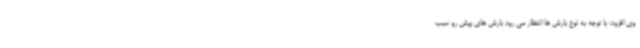
وی افزود: با توجه به نوع بارش ها انتظار می رود بارش های پیش رو سبب